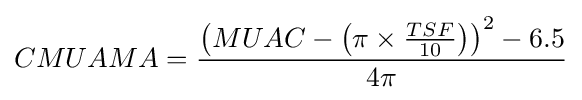
CMUAMA={\frac {\left(MUAC-\left(\pi \times {\frac {TSF}{10}}\right)\right)^{2}-6.5}{4\pi }}